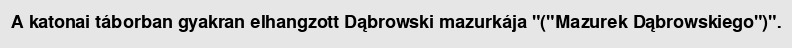
A katonai táborban gyakran elhangzott Dąbrowski mazurkája "("Mazurek Dąbrowskiego")".